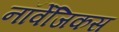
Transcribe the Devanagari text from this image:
नॉर्वेजिकस